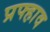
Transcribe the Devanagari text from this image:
प्रफ्हाव